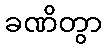
ခဏိတွာ